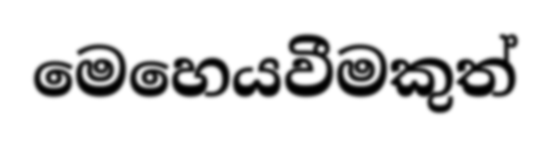
මෙහෙයවීමකුත්